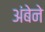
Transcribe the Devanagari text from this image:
अंबेने